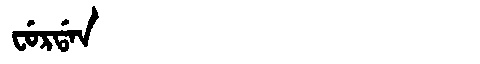
Manchu: ᠸᡠᡵᡩᠠᠨ
Romanization: FURDAN